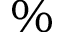
\%